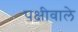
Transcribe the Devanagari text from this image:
पक्षीवाले